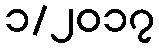
၁/၂၀၁၇